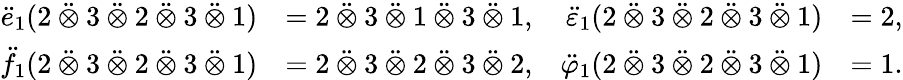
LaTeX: \begin{array}{rlrl}{\ddot{e}_{1}(2\mathbin{\ddot{\otimes}}3\mathbin{\ddot{\otimes}}2\mathbin{\ddot{\otimes}}3\mathbin{\ddot{\otimes}}1)}&{=2\mathbin{\ddot{\otimes}}3\mathbin{\ddot{\otimes}}1\mathbin{\ddot{\otimes}}3\mathbin{\ddot{\otimes}}1,}&{\ddot{\varepsilon}_{1}(2\mathbin{\ddot{\otimes}}3\mathbin{\ddot{\otimes}}2\mathbin{\ddot{\otimes}}3\mathbin{\ddot{\otimes}}1)}&{=2,}\\ {\ddot{f}_{1}(2\mathbin{\ddot{\otimes}}3\mathbin{\ddot{\otimes}}2\mathbin{\ddot{\otimes}}3\mathbin{\ddot{\otimes}}1)}&{=2\mathbin{\ddot{\otimes}}3\mathbin{\ddot{\otimes}}2\mathbin{\ddot{\otimes}}3\mathbin{\ddot{\otimes}}2,}&{\ddot{\varphi}_{1}(2\mathbin{\ddot{\otimes}}3\mathbin{\ddot{\otimes}}2\mathbin{\ddot{\otimes}}3\mathbin{\ddot{\otimes}}1)}&{=1.}\end{array}